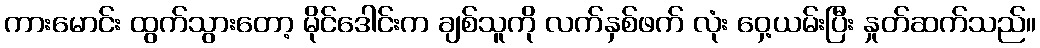
ကားမောင်း ထွက်သွားတော့ မိုင်ဒေါင်းက ချစ်သူကို လက်နှစ်ဖက် လုံး ဝှေ့ယမ်းပြီး နှုတ်ဆက်သည်။